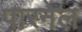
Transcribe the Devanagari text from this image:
पारनेल